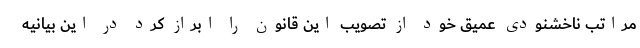
مراتب ناخشنودی عمیق خود از تصویب این قانون را ابراز کرد در این بیانیه